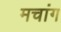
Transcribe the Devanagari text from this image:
मचांग